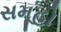
સમૂહો